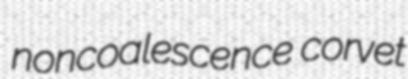
noncoalescence corvet